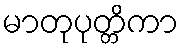
မာတုပုတ္တိကာ